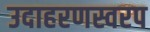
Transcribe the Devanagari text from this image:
उदाहरणस्वरप